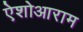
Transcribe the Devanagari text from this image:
ऐशोआराम